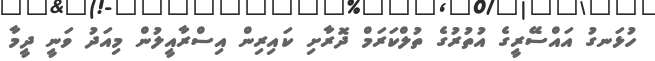
ހުޅަނގު އައްސޭރީގެ އުތުރުގެ ތުލްކަރަމް ދޮރާށި ކައިރިން އިސްރާއީލުން މިއަދު ވަނީ ދީމާ